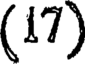
(17)